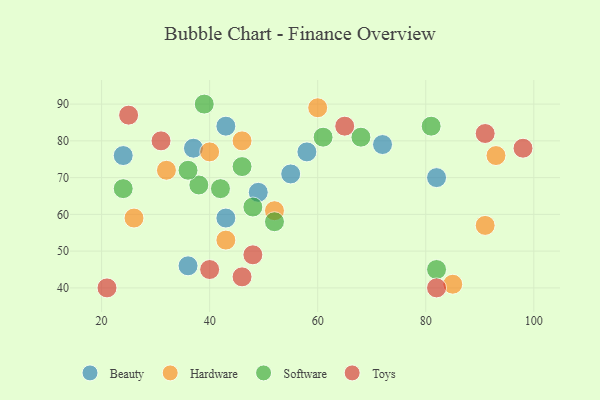
{"axis": {"x": "GDP", "y": "Life Expectancy"}, "legend": ["Beauty", "Hardware", "Software", "Toys"], "data": [{"x": "37", "y": 78, "type": "Beauty"}, {"x": "43", "y": 59, "type": "Beauty"}, {"x": "58", "y": 77, "type": "Beauty"}, {"x": "49", "y": 66, "type": "Beauty"}, {"x": "72", "y": 79, "type": "Beauty"}, {"x": "55", "y": 71, "type": "Beauty"}, {"x": "82", "y": 70, "type": "Beauty"}, {"x": "43", "y": 84, "type": "Beauty"}, {"x": "36", "y": 46, "type": "Beauty"}, {"x": "24", "y": 76, "type": "Beauty"}, {"x": "85", "y": 41, "type": "Hardware"}, {"x": "52", "y": 61, "type": "Hardware"}, {"x": "43", "y": 53, "type": "Hardware"}, {"x": "32", "y": 72, "type": "Hardware"}, {"x": "60", "y": 89, "type": "Hardware"}, {"x": "91", "y": 57, "type": "Hardware"}, {"x": "46", "y": 80, "type": "Hardware"}, {"x": "93", "y": 76, "type": "Hardware"}, {"x": "40", "y": 77, "type": "Hardware"}, {"x": "26", "y": 59, "type": "Hardware"}, {"x": "38", "y": 68, "type": "Software"}, {"x": "61", "y": 81, "type": "Software"}, {"x": "82", "y": 45, "type": "Software"}, {"x": "46", "y": 73, "type": "Software"}, {"x": "81", "y": 84, "type": "Software"}, {"x": "42", "y": 67, "type": "Software"}, {"x": "52", "y": 58, "type": "Software"}, {"x": "68", "y": 81, "type": "Software"}, {"x": "48", "y": 62, "type": "Software"}, {"x": "36", "y": 72, "type": "Software"}, {"x": "24", "y": 67, "type": "Software"}, {"x": "39", "y": 90, "type": "Software"}, {"x": "48", "y": 49, "type": "Toys"}, {"x": "98", "y": 78, "type": "Toys"}, {"x": "65", "y": 84, "type": "Toys"}, {"x": "91", "y": 82, "type": "Toys"}, {"x": "21", "y": 40, "type": "Toys"}, {"x": "31", "y": 80, "type": "Toys"}, {"x": "40", "y": 45, "type": "Toys"}, {"x": "82", "y": 40, "type": "Toys"}, {"x": "46", "y": 43, "type": "Toys"}, {"x": "25", "y": 87, "type": "Toys"}]}